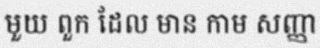
មួយ ពួក ដែល មាន កាម សញ្ញា